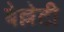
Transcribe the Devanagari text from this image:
बेल्लेटी